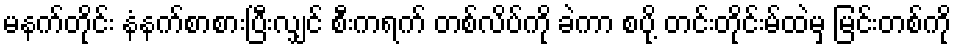
မနက်တိုင်း နံနက်စာစားပြီးလျှင် စီးကရက် တစ်လိပ်ကို ခဲကာ စပို့ တင်းတိုင်းမ်ထဲမှ မြင်းတစ်ကို